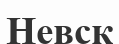
Невск